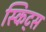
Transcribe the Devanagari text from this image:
स्किट्स